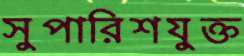
সুপারিশযুক্ত